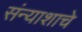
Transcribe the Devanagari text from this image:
संन्याशाचे